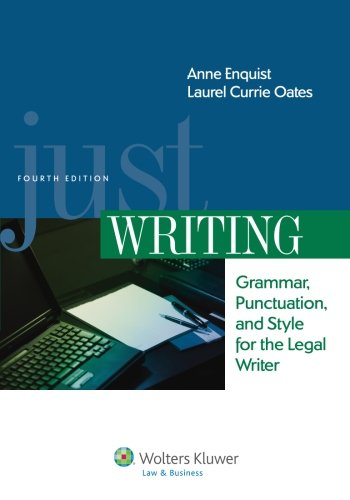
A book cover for Just Writing, Grammar, Punctuation, and Style for the Legal Writer, Fourth Edition (Aspen Coursebooks); Anne Enquist; Law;